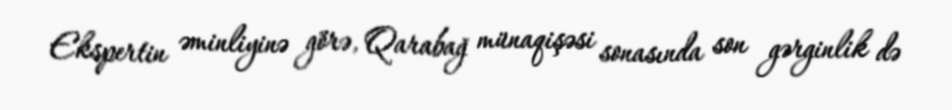
Ekspertin əminliyinə görə, Qarabağ münaqişəsi sonasında son gərginlik də